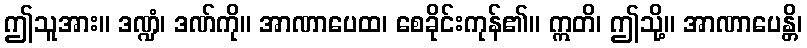
ဤသူအား။ ဒဏ္ဍံ၊ ဒဏ်ကို။ အာဏာပေထ၊ စေခိုင်းကုန်၏။ ဣတိ၊ ဤသို့။ အာဏာပေန္တိ၊